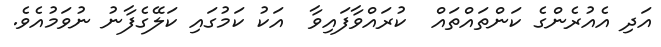
އަދި އެއުރެންގެ ކަންތައްތައް  ކުރައްވާފައިވާ  އަކު ކަމުގައި ކަލޭގެފާނު ނުވަމުއެވެ.